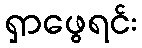
ရှာဖွေရင်း